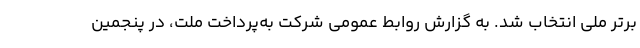
برتر ملی انتخاب شد. به گزارش روابط عمومی شرکت به‌پرداخت ملت، در پنجمین